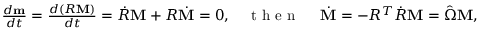
\begin{array} { r } { \frac { d { \bf m } } { d t } = \frac { d ( R { \bf M } ) } { d t } = \dot { R } { \bf M } + R \dot { \bf M } = 0 , \quad \mathrm { ~ t ~ h ~ e ~ n ~ } ~ \quad \dot { \bf M } = - R ^ { T } \dot { R } { \bf M } = \hat { \Omega } { \bf M } , } \end{array}